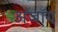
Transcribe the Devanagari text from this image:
अजॉय